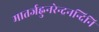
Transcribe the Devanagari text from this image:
मातर्जह्नुनरेन्द्रनन्दिनि